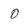
Character: 0